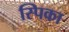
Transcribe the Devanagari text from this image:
स्पिका